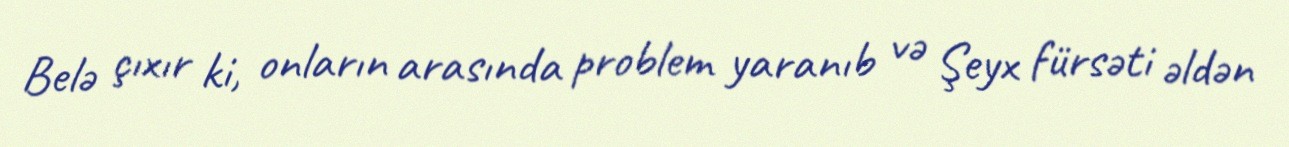
Belə çıxır ki, onların arasında problem yaranıb və Şeyx fürsəti əldən